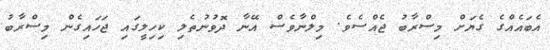
އެބައެއްގެ ގެޔަށް މިސްރާބު ޖެއްސެވެ. މިލްނާވެސް އޭނާ ދޮވުނުތެލި ކިހިލީގައި ޖަހައިގެން މިސްރާބު